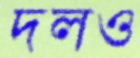
দলও